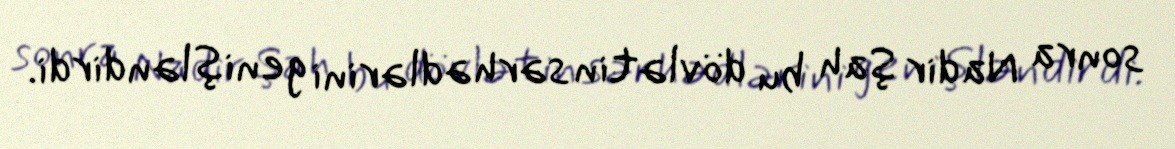
sonra Nadir Şah bu dövlətin sərhədlərini genişləndirdi.